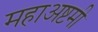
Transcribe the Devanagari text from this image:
महाअष्टमी